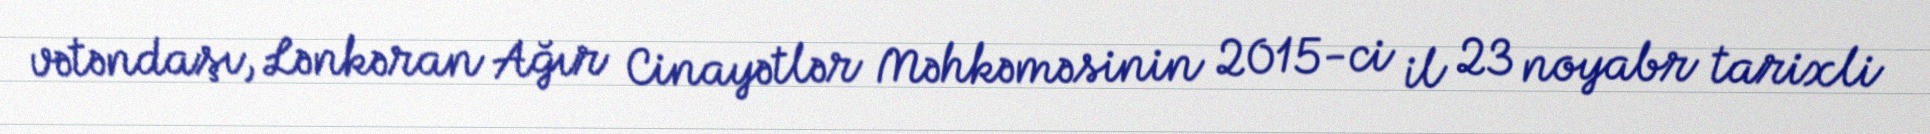
vətəndaşı, Lənkəran Ağır Cinayətlər Məhkəməsinin 2015-ci il 23 noyabr tarixli